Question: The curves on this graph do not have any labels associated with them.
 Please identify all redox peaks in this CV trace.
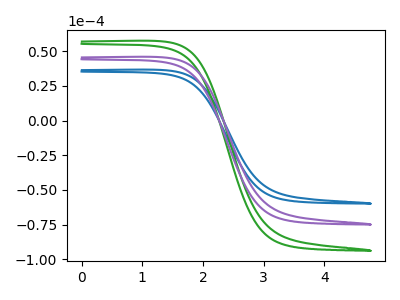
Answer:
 <answer>The blue curve "blue" has no peaks. The green curve "green" has no peaks. The purple curve "purple" has no peaks.</answer>
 <eval></eval>